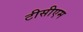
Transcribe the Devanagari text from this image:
टीसीएम